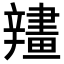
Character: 𨐶